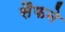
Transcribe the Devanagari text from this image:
सैफने